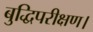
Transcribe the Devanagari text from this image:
बुद्धिपरीक्षण।